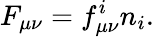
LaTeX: F_{\mu\nu}=f_{\mu\nu}^{i}n_{i}.